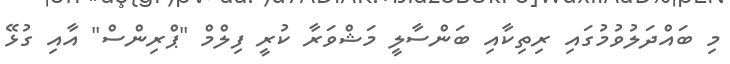
މި ބައްދަލުވުމުގައި ރިތިކާއި ބަންސާލީ މަޝްވަރާ ކުރީ ފިލްމް "ޕްރިންސް" އާއި ގުޅޭ